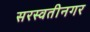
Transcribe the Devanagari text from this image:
सरस्वतीनगर